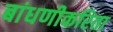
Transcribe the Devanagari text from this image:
बांधणीकरिता